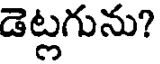
డెట్లగును?